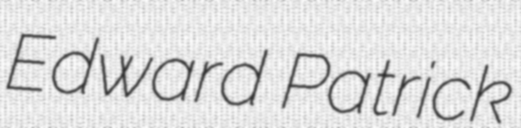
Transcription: Edward Patrick